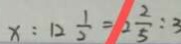
x : 1 2 \frac { 1 } { 2 } = 2 \frac { 2 } { 5 } : 3